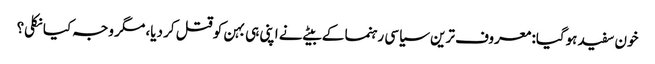
خون سفید ہوگیا: معروف ترین سیاسی رہنما کے بیٹے نے اپنی ہی بہن کو قتل کر دیا، مگر وجہ کیا نکلی؟